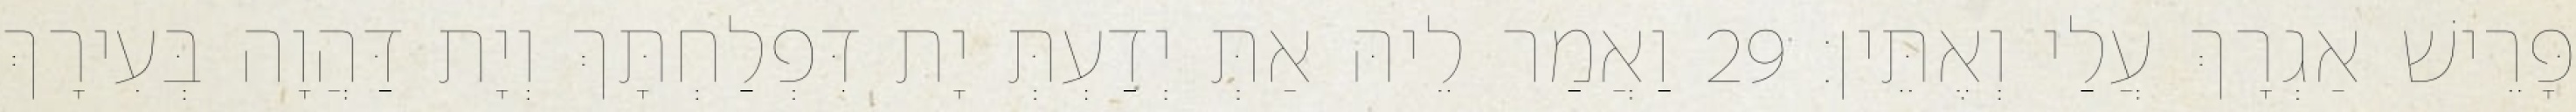
פָּרֵישׁ אַגְרָךְ עֲלַי וְאֶתֵּין׃ 29 וַאֲמַר לֵיהּ אַתְּ יְדַעְתְּ יָת דִּפְלַחְתָּךְ וְיָת דַּהֲוָה בְּעִירָךְ